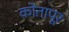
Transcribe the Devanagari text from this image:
कोतापूर